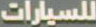
للسيارات